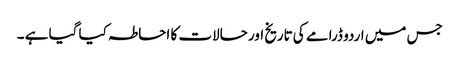
جس میں اردو ڈرامے کی تاریخ اور حالات کا احاطہ کیا گیا ہے ۔